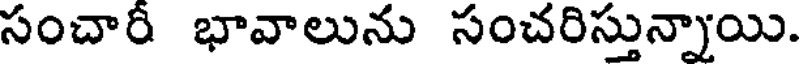
సంచార భావాలును సంచరిస్తున్నాయి.